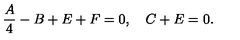
\frac { A } { 4 } - B + E + F = 0 , \quad C + E = 0 .